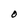
Character: O